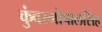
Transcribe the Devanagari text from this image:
कुंवरगोपालसिंह